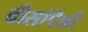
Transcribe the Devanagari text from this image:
वीसांपैकी